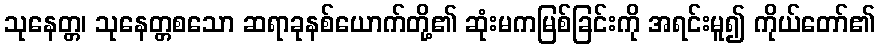
သုနေတ္တ၊ သုနေတ္တစသော ဆရာခုနစ်ယောက်တို့၏ ဆုံးမကမြစ်ခြင်းကို အရင်းမူ၍ ကိုယ်တော်၏